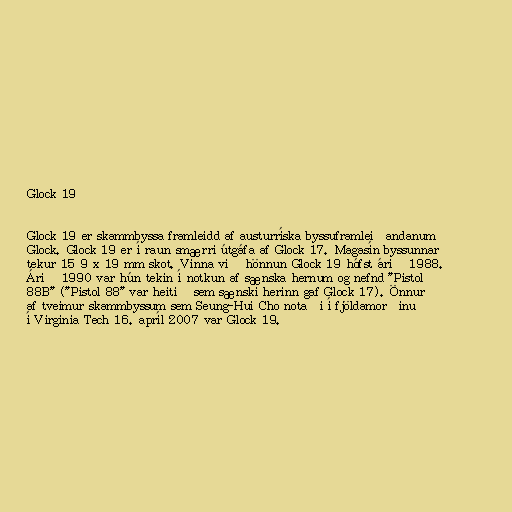
Glock 19

Glock 19 er skammbyssa framleidd af austurríska byssuframleiðandanum
Glock. Glock 19 er í raun smærri útgáfa af Glock 17. Magasín byssunnar
tekur 15 9 x 19 mm skot. Vinna við hönnun Glock 19 hófst árið 1988.
Árið 1990 var hún tekin í notkun af sænska hernum og nefnd "Pistol
88B" ("Pistol 88" var heitið sem sænski herinn gaf Glock 17). Önnur
af tveimur skammbyssum sem Seung-Hui Cho notaði í fjöldamorðinu
í Virginia Tech 16. apríl 2007 var Glock 19.